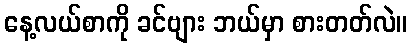
နေ့လယ်စာကို ခင်ဗျား ဘယ်မှာ စားတတ်လဲ။